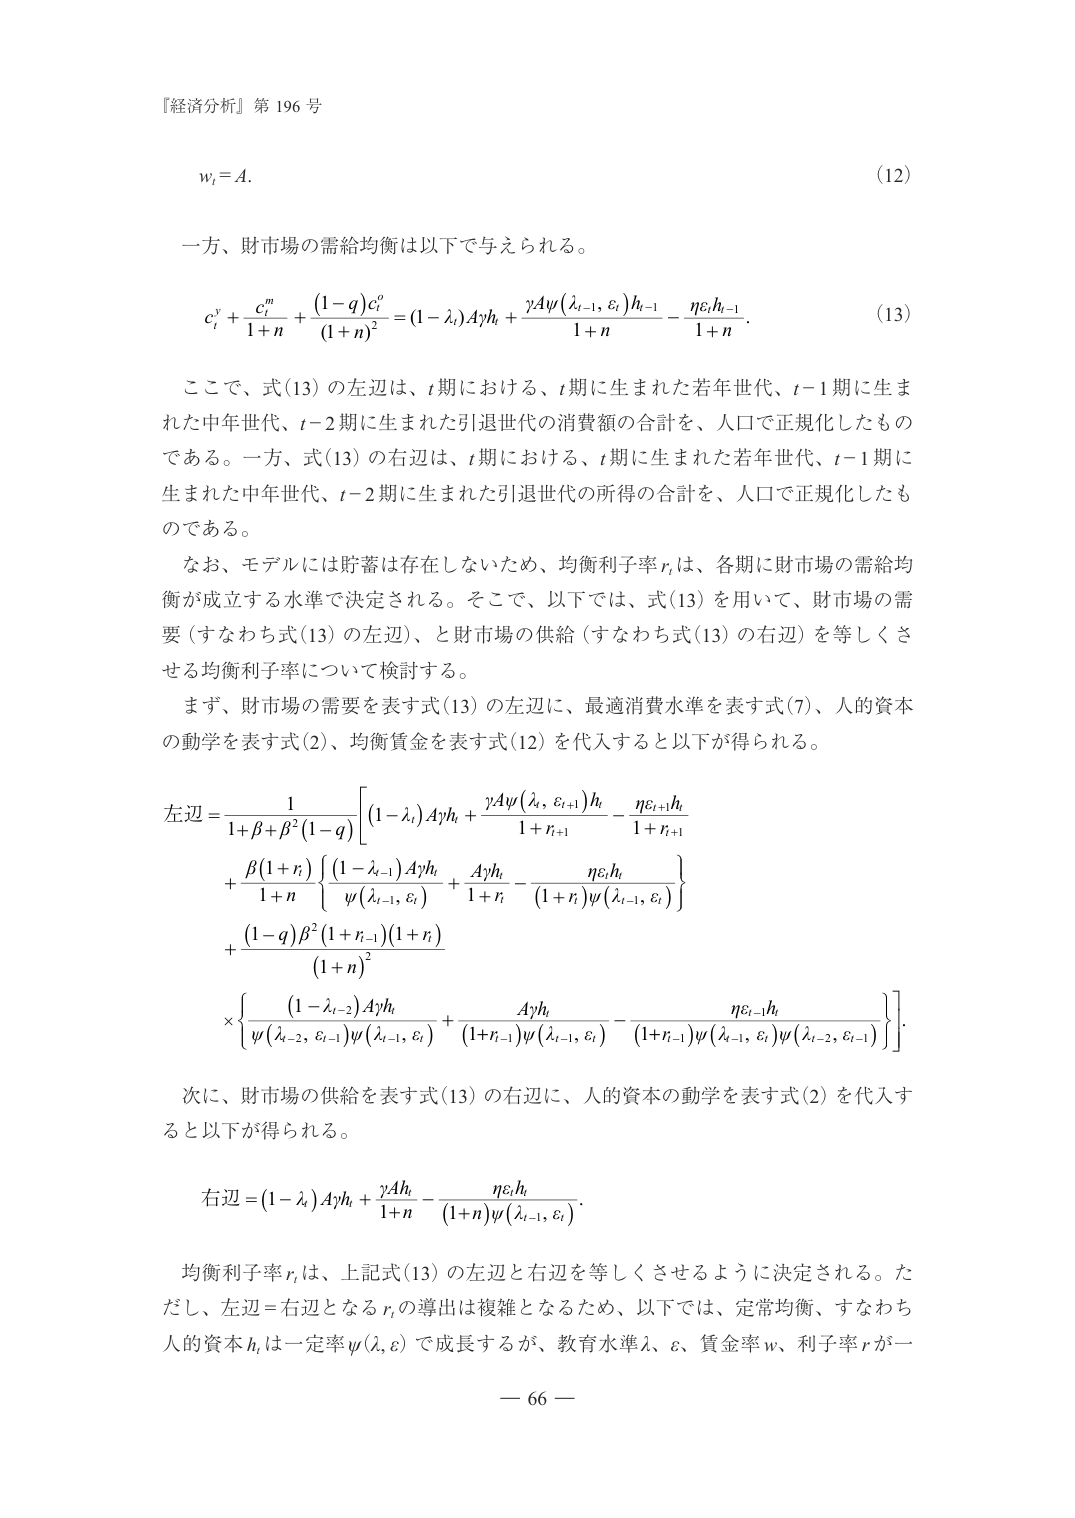
『経済分析』第 196 号

w_t = A.  (12)

一方、財市場の需給均衡は以下で与えられる。

c_t^y + \frac{c_t^m}{1+n} + \frac{(1-q)c_t^o}{(1+n)^2} = (1-\lambda_t)Ayh_t + \frac{\gamma A\psi(\lambda_{t-1}, \varepsilon_t)h_{t-1}}{1+n} - \frac{\eta\varepsilon_th_{t-1}}{1+n}.  (13)

ここで、式(13)の左辺は、t期における、t期に生まれた若年世代、t-1期に生まれた中年世代、t-2期に生まれた引退世代の消費額の合計を、人口で正規化したものである。一方、式(13)の右辺は、t期における、t期に生まれた若年世代、t-1期に生まれた中年世代、t-2期に生まれた引退世代の所得の合計を、人口で正規化したものである。

なお、モデルには貯蓄は存在しないため、均衡利子率r_tは、各期に財市場の需給均衡が成立する水準で決定される。そこで、以下では、式(13)を用いて、財市場の需要（すなわち式(13)の左辺）、と財市場の供給（すなわち式(13)の右辺）を等しくさせる均衡利子率について検討する。

まず、財市場の需要を表す式(13)の左辺に、最適消費水準を表す式(7)、人的資本の動学を表す式(2)、均衡賃金を表す式(12)を代入すると以下が得られる。

左辺 = \frac{1}{1+\beta+\beta^2(1-q)}\left[(1-\lambda_t)Ayh_t + \frac{\gamma A\psi(\lambda_t, \varepsilon_{t+1})h_t}{1+r_{t+1}} - \frac{\eta\varepsilon_{t+1}h_t}{1+r_{t+1}}\right. \\
\quad + \frac{\beta(1+r_t)}{1+n}\left\{\frac{(1-\lambda_{t-1})Ayh_t}{\psi(\lambda_{t-1}, \varepsilon_t)} + \frac{Ayh_t}{1+r_t} - \frac{\eta\varepsilon_th_t}{(1+r_t)\psi(\lambda_{t-1}, \varepsilon_t)}\right\} \\
\quad + \frac{(1-q)\beta^2(1+r_{t-1})(1+r_t)}{(1+n)^2} \\
\quad \times \left.\left\{\frac{(1-\lambda_{t-2})Ayh_t}{\psi(\lambda_{t-2}, \varepsilon_{t-1})\psi(\lambda_{t-1}, \varepsilon_t)} + \frac{Ayh_t}{(1+r_{t-1})\psi(\lambda_{t-1}, \varepsilon_t)} - \frac{\eta\varepsilon_{t-1}h_t}{(1+r_{t-1})\psi(\lambda_{t-1}, \varepsilon_t)\psi(\lambda_{t-2}, \varepsilon_{t-1})}\right\}\right].

次に、財市場の供給を表す式(13)の右辺に、人的資本の動学を表す式(2)を代入すると以下が得られる。

右辺 = (1-\lambda_t)Ayh_t + \frac{\gamma Ah_t}{1+n} - \frac{\eta\varepsilon_th_t}{(1+n)\psi(\lambda_{t-1}, \varepsilon_t)}.

均衡利子率r_tは、上記式(13)の左辺と右辺を等しくさせるように決定される。ただし、左辺=右辺となるr_tの導出は複雑となるため、以下では、定常均衡、すなわち人的資本h_tは一定率\psi(\lambda, \varepsilon)で成長するが、教育水準\lambda、\varepsilon、賃金率w、利子率rが一

— 66 —